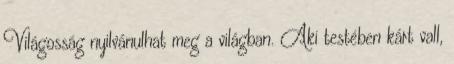
Világosság nyilvánulhat meg a világban. Aki testében kárt vall,